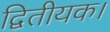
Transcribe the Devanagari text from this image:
द्वितीयक।